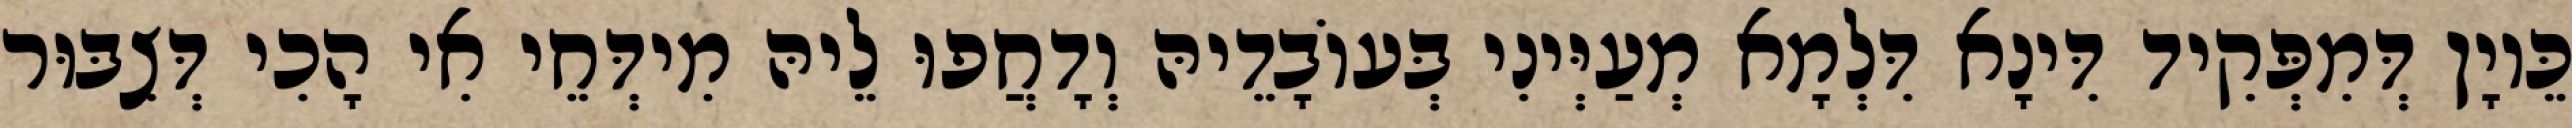
כֵּיוָן דְּמִפְּקִיד דִּינָא דִּלְמָא מְעַיְּינִי בְּעוֹבָדֵיהּ וְדָחֲפוּ לֵיהּ מִידְּחֵי אִי הָכִי דְּצִבּוּר